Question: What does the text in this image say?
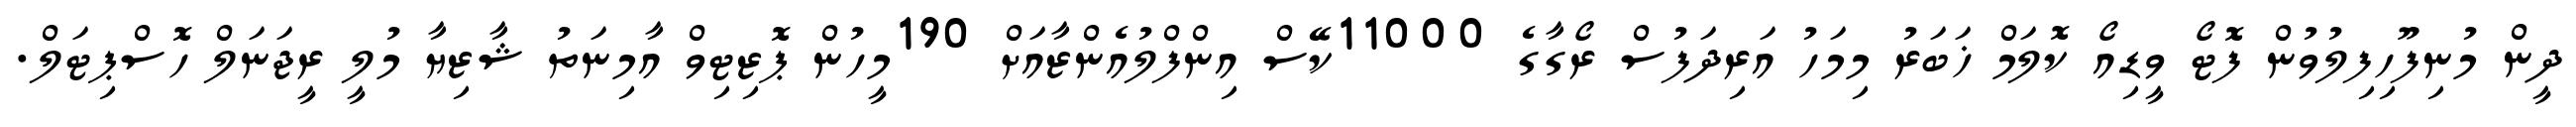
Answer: ދީން މުނިފޫހިފިލުވުން ފޮޓޯ ވީޑިއޯ ކޮލަމް ޚަބަރު މިމަހު އަރިދަފުސް ރޯގާގެ 11000ކޭސް އިންފްލުއެންޒާއަށް 190މީހުން ޕޮޒިޓިވް އާމިނަތު ޝާޒިޔާ މުލީ ރީޖަނަލް ހޮސްޕިޓަލް.